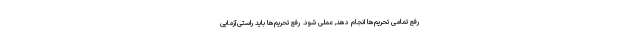
رفع تمامی تحریم‌ها انجام دهد, عملی شود. رفع تحریم‌ها باید راستی‌آزمایی